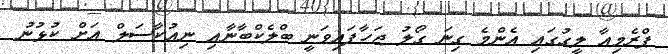
ޕްރެމިއާ ލީގުގައި އެންމެ ގިނަ ގޯލު ޖަހާފައިވަނީ ބްލެކްބާނާއި ނިއުކާސަލް އަށް ކުޅުނު